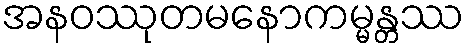
အနဝဿုတမနောကမ္မန္တဿ